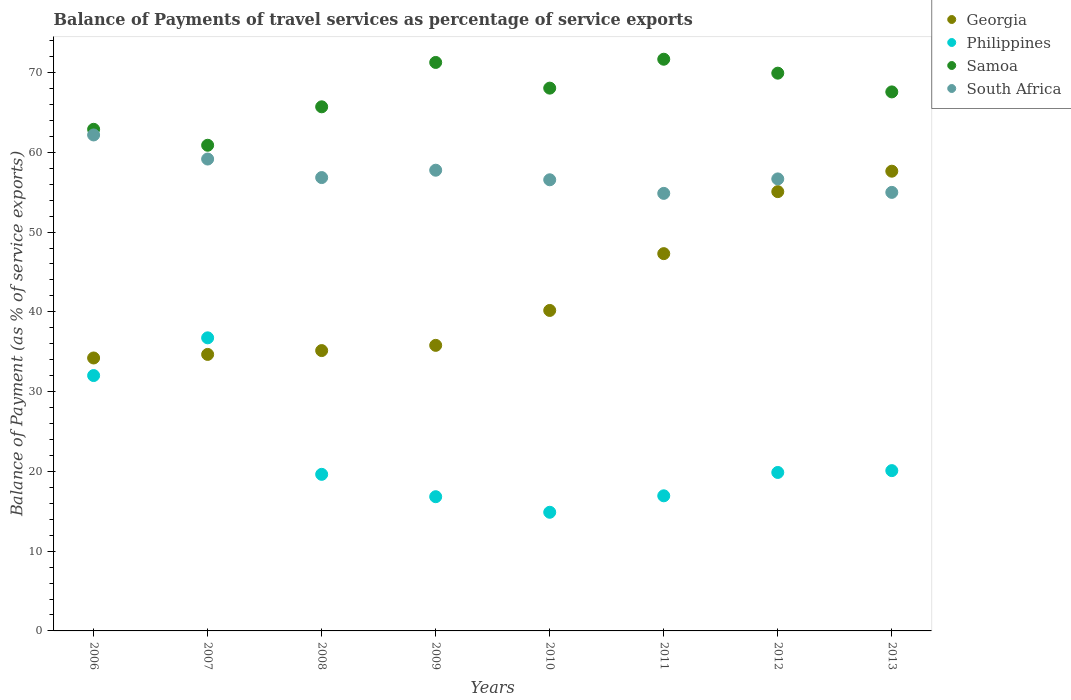
| Years | Georgia | Philippines | Samoa | South Africa |
 | --- | --- | --- | --- | --- |
 | 2006 | 34.2 | 32 | 62.9 | 62.2 |
 | 2007 | 34.7 | 36.7 | 60.9 | 59.2 |
 | 2008 | 35.1 | 19.6 | 65.7 | 56.8 |
 | 2009 | 35.8 | 16.8 | 71.3 | 57.8 |
 | 2010 | 40.2 | 14.9 | 68 | 56.6 |
 | 2011 | 47.3 | 16.9 | 71.7 | 54.9 |
 | 2012 | 55.1 | 19.9 | 69.9 | 56.7 |
 | 2013 | 57.6 | 20.1 | 67.6 | 55 |